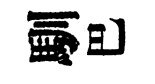
馴巴